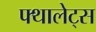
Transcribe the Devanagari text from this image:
फ्थालेट्स